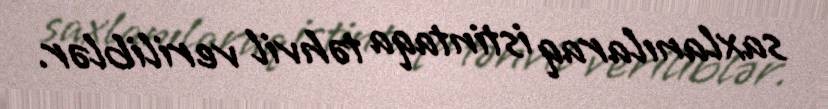
saxlanılaraq istintaqa təhvil veriliblər.